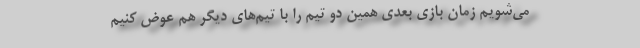
می‌شویم زمان بازی بعدی همین دو تیم را با تیم‌های دیگر هم عوض کنیم